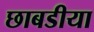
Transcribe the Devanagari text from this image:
छाबडीया